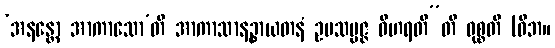
‘အနန္တော အာကာသော’တိ အာကာသာနဉ္စာယတနံ ဥပသမ္ပဇ္ဇ ဝိဟရတီ”တိ ဝုစ္စတိ (ဝိဘ။